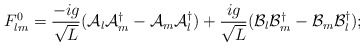
\begin{align*}F^0_{lm} = \frac{-ig}{\sqrt{L}}({\cal A}_l{\cal A}^\dagger_m - {\cal A}_m{\cal A}^\dagger_l)+ \frac{ig}{\sqrt{L}}({\cal B}_l{\cal B}^\dagger_m - {\cal B}_m{\cal B}^\dagger_l);\end{align*}